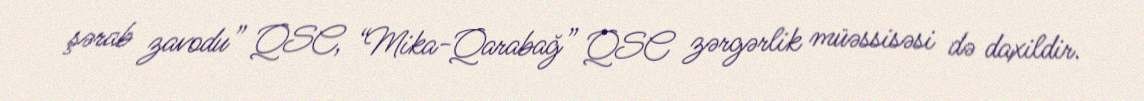
şərab zavodu” QSC, “Mika-Qarabağ” QSC zərgərlik müəssisəsi də daxildir.